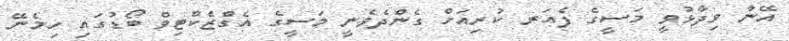
އޭނާ ވިދާޅުވީ މަސީގެ ފެއަރ ކުރިއަށް ގެންދެވެނީ މަސީގެ އެގްޒެކްޓިވް ބޯޑުގައި ހިމެނޭ